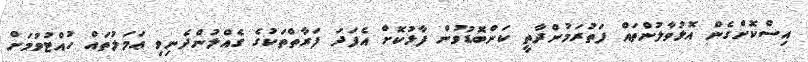
އިސްކޮށްގެން އޮޅުވާލުންތައް ފަތުރަމުންދާތީ ކަންބޮޑުވުން ފާޅުކޮށް އެފަދަ ފަރާތްތަކުގެ ގެއްލުންދެނިވި ޢަމަލުތައް ހުއްޓުވުމަށް